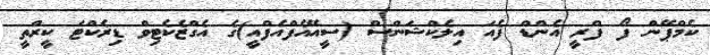
ކެމްޕޭން ފޯ ފްރީ އެންޑް ފެއަ އިލެކްޝަންސް (ސީއޭއެފްއެފްއީ)ގެ އެގްޒެކެޓިވް ޑިރެކްޓަ ކީރްތީ